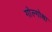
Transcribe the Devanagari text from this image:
गोल्गोथा